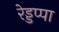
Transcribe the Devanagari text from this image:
रेड्डप्पा